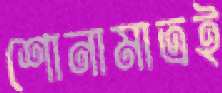
শোনামাত্রই